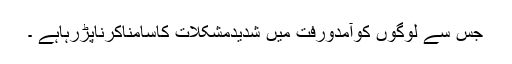
جس سے لوگوں کوآمدورفت میں شدیدمشکلات کاسامناکرناپڑرہاہے ۔